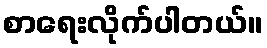
စာရေးလိုက်ပါတယ်။